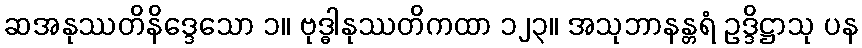
ဆအနုဿတိနိဒ္ဒေသော ၁။ ဗုဒ္ဓါနုဿတိကထာ ၁၂၃။ အသုဘာနန္တရံ ဥဒ္ဒိဋ္ဌာသု ပန